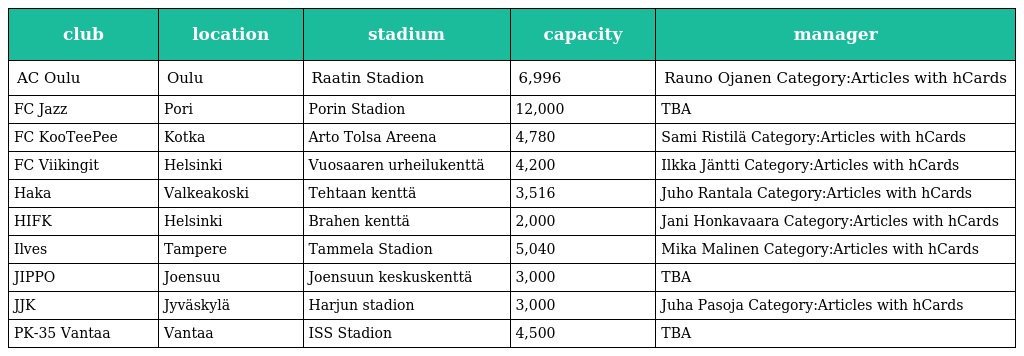
| club | location | stadium | capacity | manager |
 | --- | --- | --- | --- | --- |
 | AC Oulu | Oulu | Raatin Stadion | 6,996 | Rauno Ojanen Category:Articles with hCards |
 | FC Jazz | Pori | Porin Stadion | 12,000 | TBA |
 | FC KooTeePee | Kotka | Arto Tolsa Areena | 4,780 | Sami Ristilä Category:Articles with hCards |
 | FC Viikingit | Helsinki | Vuosaaren urheilukenttä | 4,200 | Ilkka Jäntti Category:Articles with hCards |
 | Haka | Valkeakoski | Tehtaan kenttä | 3,516 | Juho Rantala Category:Articles with hCards |
 | HIFK | Helsinki | Brahen kenttä | 2,000 | Jani Honkavaara Category:Articles with hCards |
 | Ilves | Tampere | Tammela Stadion | 5,040 | Mika Malinen Category:Articles with hCards |
 | JIPPO | Joensuu | Joensuun keskuskenttä | 3,000 | TBA |
 | JJK | Jyväskylä | Harjun stadion | 3,000 | Juha Pasoja Category:Articles with hCards |
 | PK-35 Vantaa | Vantaa | ISS Stadion | 4,500 | TBA |